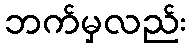
ဘက်မှလည်း